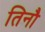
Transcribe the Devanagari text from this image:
तिनौ